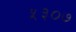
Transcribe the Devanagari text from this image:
५३०७